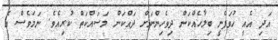
އަދި އެއީ ހުވަފެނީ ބިލާހެއްކަން ދިވެހިންނަށް ދައްކަން މަސައްކަތް ކުރިއެވެ. ނަމަވެސް އެ